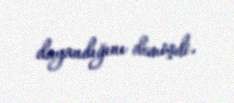
dayandığını demişdi.